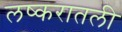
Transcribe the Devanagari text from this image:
लष्करातली